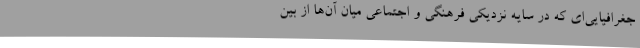
جغرافیایی‌ای که در سایه نزدیکی فرهنگی و اجتماعی میان آن‌ها از بین